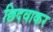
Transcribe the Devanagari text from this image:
छिदवाकर